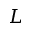
L